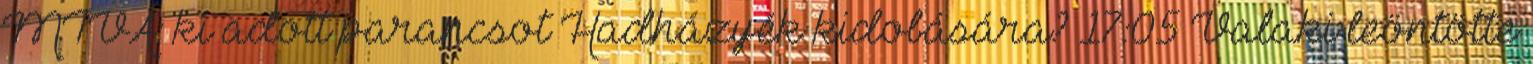
MTVA: ki adott parancsot Hadházyék kidobására? 17:05 Valaki leöntötte